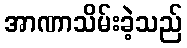
အာဏာသိမ်းခဲ့သည်